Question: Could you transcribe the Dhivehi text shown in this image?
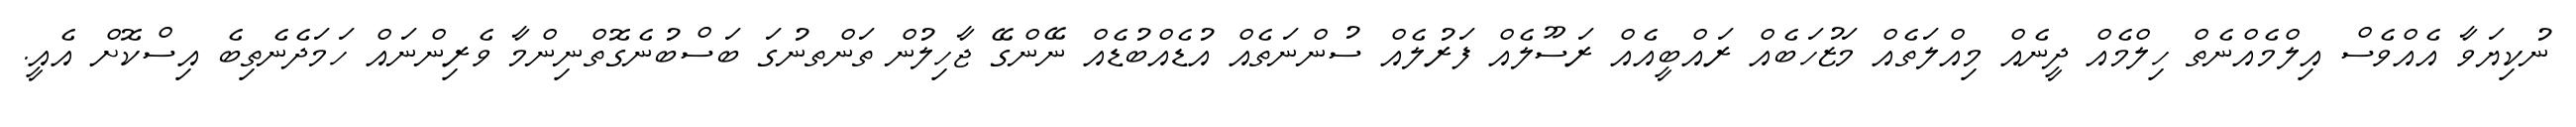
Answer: ނުކިޔަވާ އެއްވެސް އިލްމެއްނެތް ހިލްމެއް ދީނެއް މިއްލަތެއް މަޒުހަބެއް ރައްބީއެއް ރަސޫލެއް ފަރުލެއް ސުންނަތެއް އުޑެއްބުޑެއް ނޭންގޭ ޖާހިލުން ތަންތނުގަ ބަސްބުނެގޮތްނިންމާ ވެރިންނައް ހަމަދެނެތިބެ އިސްކޮށް އެއީ.